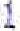
1